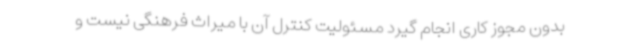
بدون مجوز کاری انجام گیرد مسئولیت کنترل آن با میراث فرهنگی نیست و